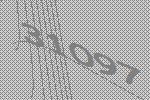
31097